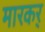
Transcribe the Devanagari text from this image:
मारकर्